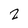
Character: 2